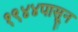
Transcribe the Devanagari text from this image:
१९४४पासून